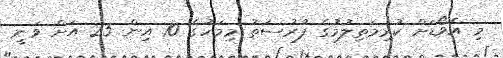
މި އެވޯޑަށް ކުރިމަތިލުމުގެ ފުރުސަތު މިމަހުގެ 10 އިން 25 އަށް ވަނީ